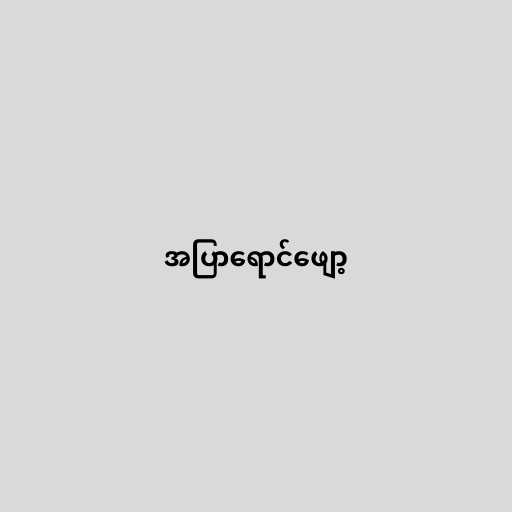
အပြာရောင်ဖျော့